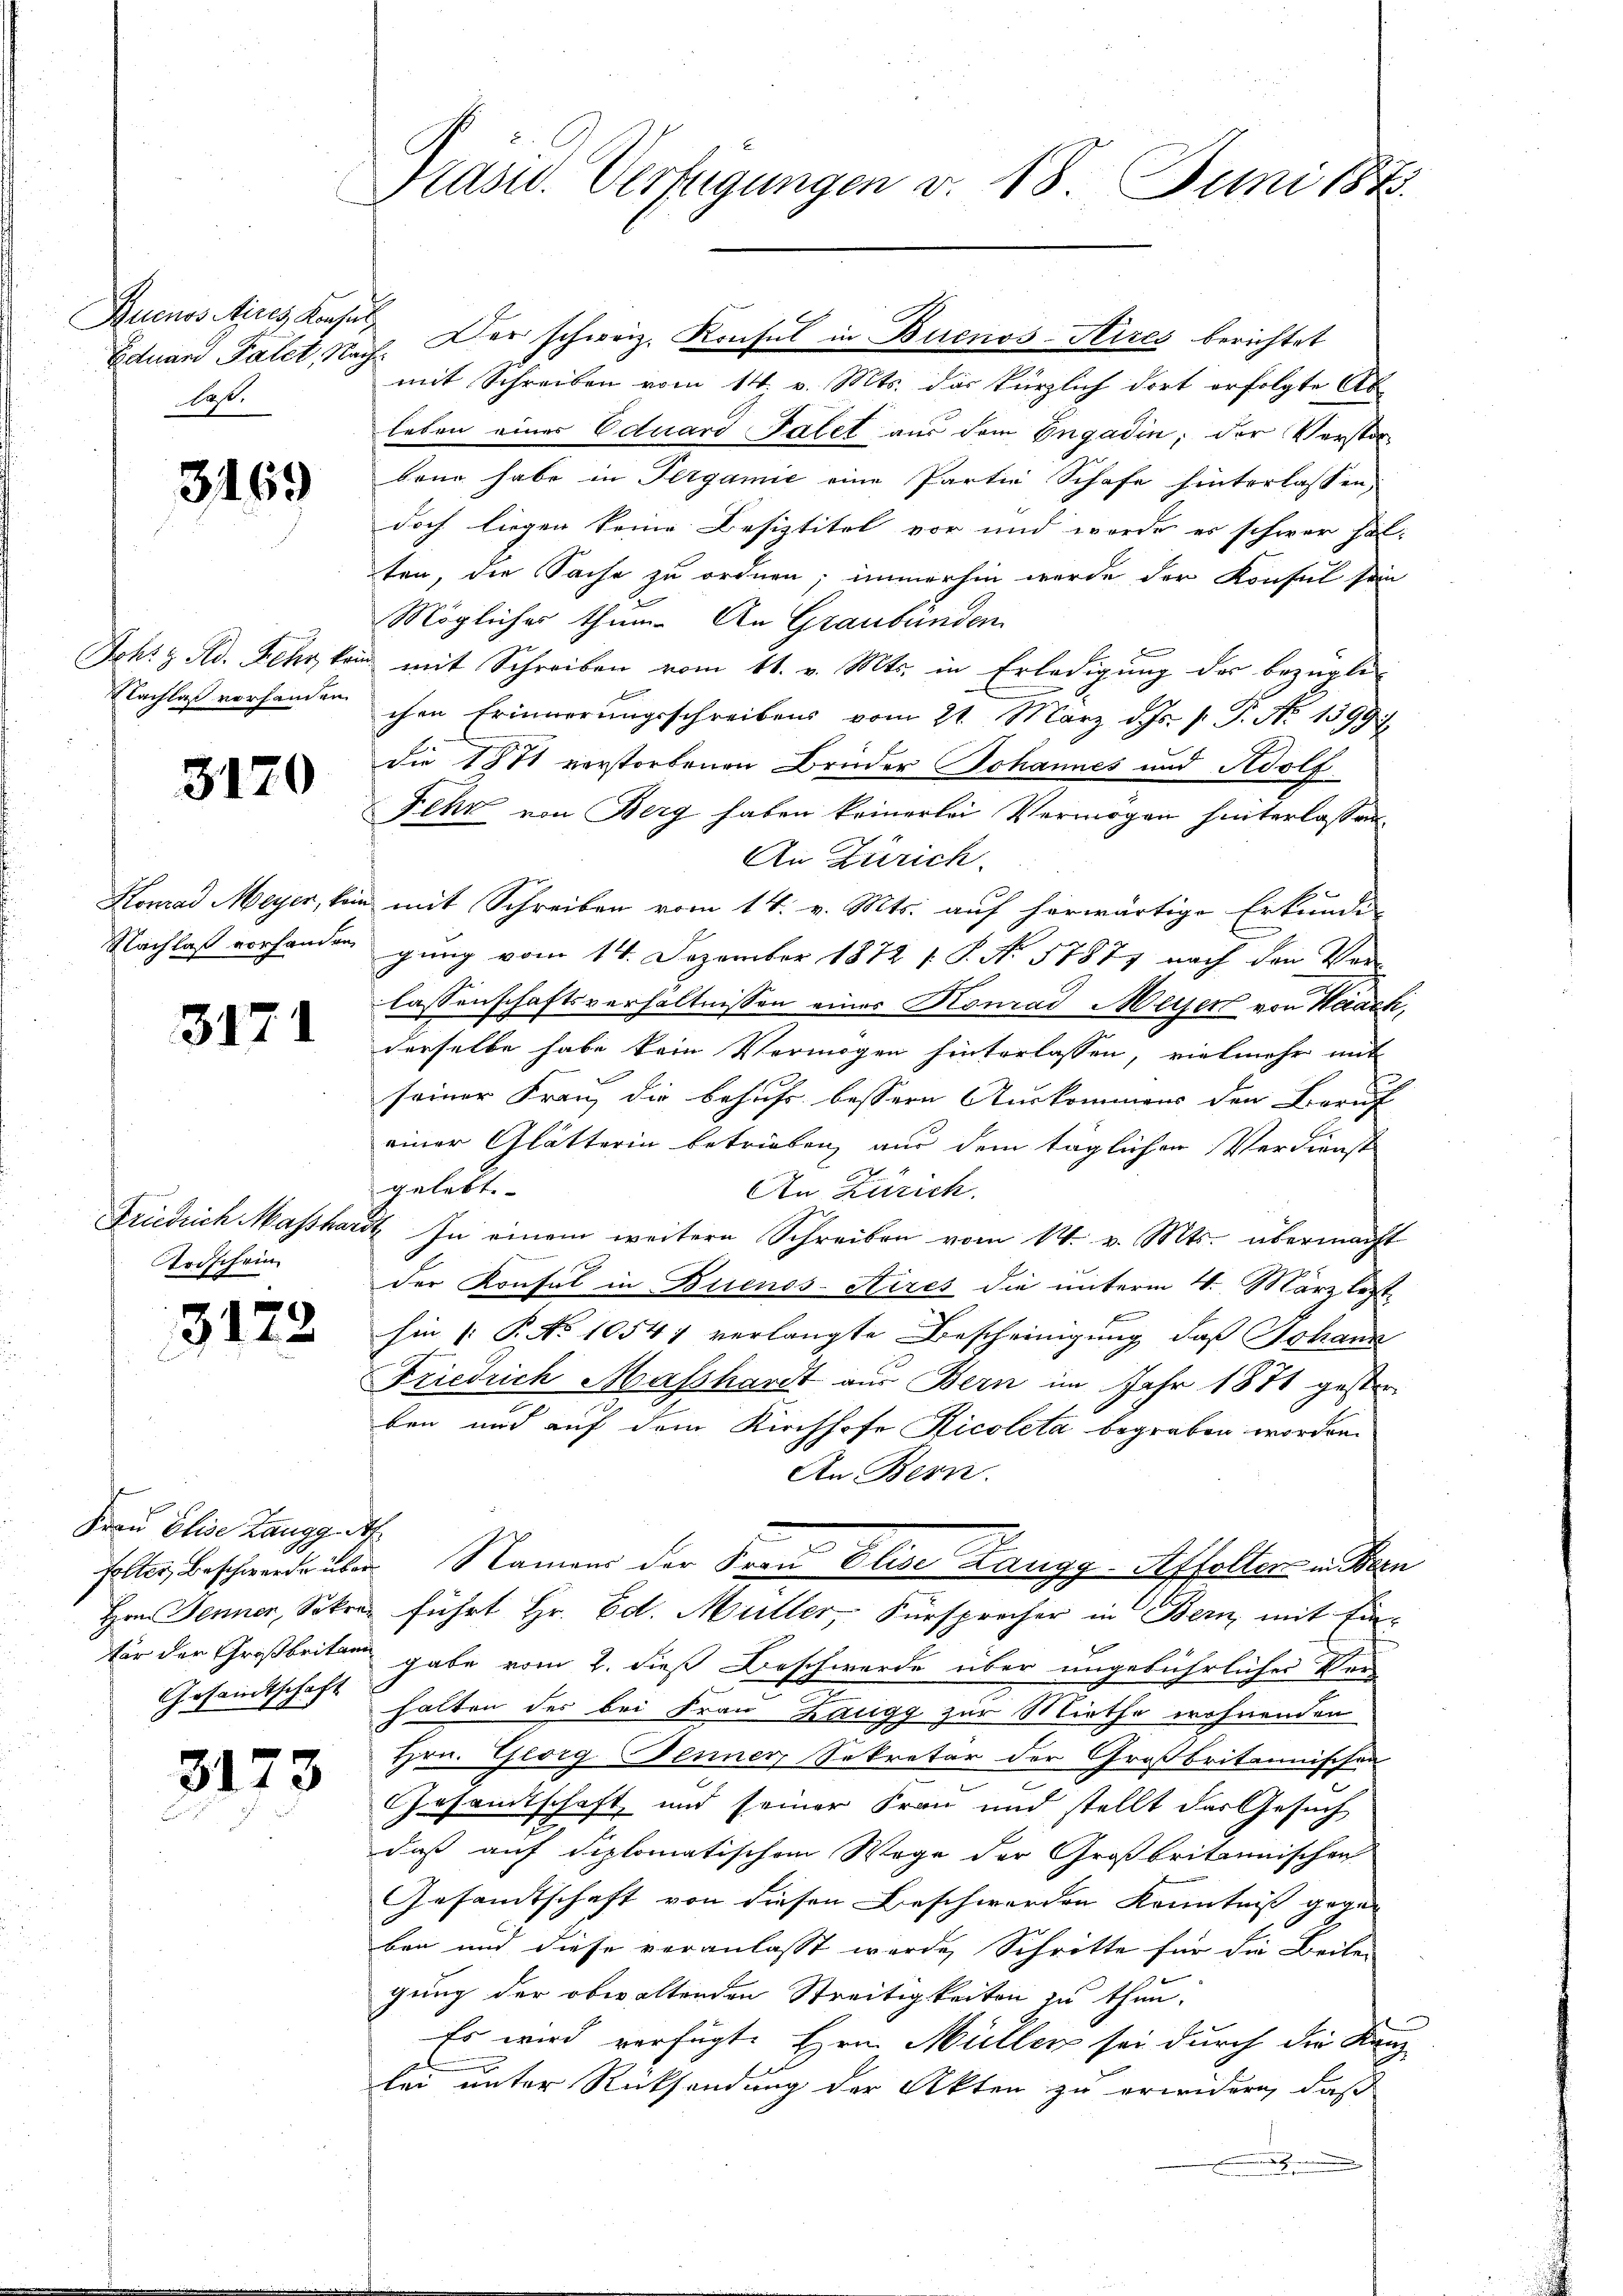
Buenos Aires Konsul
Last.

3169

Jchrz Ro. Sieher, von
Nachlaß vorhanden.

3170

Nachlaß vorhanden

3171

Ardschein

3173

Frau Elise Zaugg, A
Gesandtschaft

3173

Präsid. Verfügungen v. 18. Juni 184

Eduard Palet, Nach. Der schweiz. Konsul in Buenos-Aires berichtet
mit Schreiben vom 14. v. Mts. das kürzlich dort erfolgte Ab
leben einer Eduard Palet aus dem Engadin; der Verstorbang habe in Perganić eine Partie Schafe hinterlassen,
doch liegen keine Besiztitel vor und worde es schwer hal-
ten, die Sache zu ordnen; immerhin werde der Konsul sein
Möglicher thun. An Graubünden
in mit Schreiben vom 11. v. Mts. in Erledigung der bezügli
chen Erinnerungsschreibens vom 21. März d. Js. p. P. No 1399.
Die 1871 verstorbenen Brüder Johannes und Adolf
Fehr von Berg haben keinerlei Vermögen hinterlassen.
An Zürich.
Konrad Meyer, kein mit Schreiben vom 14. v. Mts. auf herwärtige Erkunde
gung vom 14. Dezember 1872 1 S. N. 57877 nach den Ver-
lassenschaftsverhältnissen eines Konrad Meyer von Haach,
derselbe habe kein Vermögen hinterlassen, vielmehr mit
seiner Frau, die behufs bessern Auskommens der Beruf
einer Glätterin betrieben, aus dem täglichen Verdienst
gelebt.
An Zürich.
Friedrich Masshardt In einem weitere Schreiben vom 14. v. Mts. übermacht
der Konsul in Buenos-Aires die unterm 4. März löst.
hin 1: P. No 1054 verlangte Bescheinigung, daß Johann
Friedrich Masshandt aus Bern im Jahr 1871 gester
ben und auf dem Kirchhofe Ricoleta begraben worden.
An Bern.
halter Beschwerde über Namens der Frau Elise Langg-Affolter in Bern
Hrn. Jenner, Sokre führt Hr. Ed. Müller, Fürsprocher in Bern mit Einfür der Großbritten gabe vom 2. dieß Beschwerde über ungebührlicher Ver-
halten des bei Frau Kaugg zur Miethe wohnenden
Hrn. Georg Jenner Sekretär der Großbritannischen
Gesamtschaft und seiner Frau und stellt das Gesuch
daß auf diplomatischem Wege der Großbritannischen
Gesandtschaft von diesen Beschwerden Kenntniß gegen
ben und diese veranlasst werde, Schritte für die Beilen
gung der obwaltenden Streitigkeiten zu thun.
Es wird verfügt: Hrn. Müller sei durch die Kanz
lei unter Rücksendung der Akten zu erwidern, daß
a